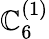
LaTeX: {\mathbb{C}}_{6}^{(1)}